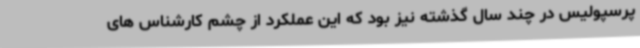
پرسپولیس در چند سال گذشته نیز بود که این عملکرد از چشم کارشناس های